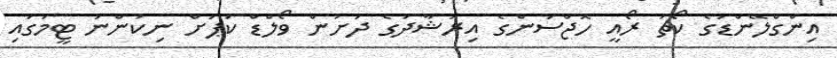
އިންގްލޭންޑުގެ ކޯޗު ރޯއީ ހޮޖްސަންގެ އިރުޝާދުގެ ދަށުން ވޯލްޑް ކަޕަށް ނިކުންނަ ޓީމުގައި